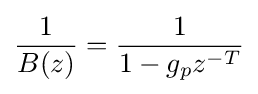
{\frac {1}{B(z)}}={\frac {1}{1-g_{p}z^{-T}}}